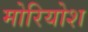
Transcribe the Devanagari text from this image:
मोरियोश